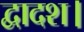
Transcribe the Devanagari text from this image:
द्वादश।